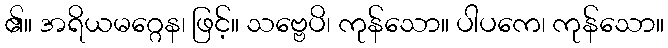
၏။ အရိယမဂ္ဂေန၊ ဖြင့်။ သဗ္ဗေပိ၊ ကုန်သော။ ပါပကေ၊ ကုန်သော။